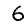
Digit: 6